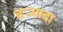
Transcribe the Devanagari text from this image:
बर्‍यादा